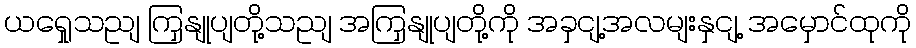
ယရှေုသညျ ကြှနျုပျတို့သညျ အကြှနျုပျတို့ကို အခှငျ့အလမျးနှငျ့ အမှောင်ထုကို